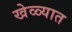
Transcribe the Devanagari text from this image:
खेळ्यात